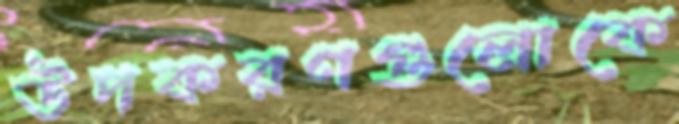
উপকরণগুলোকে